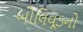
બોલિવૂડનો